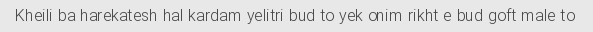
Kheili ba harekatesh hal kardam yelitri bud to yek onim rikht e bud goft male to